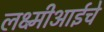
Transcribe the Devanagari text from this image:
लक्ष्मीआईचे